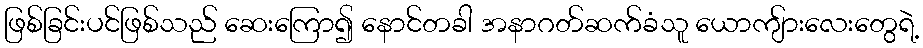
ဖြစ်ခြင်းပင်ဖြစ်သည် ဆေးကြော၍ နောင်တခါ အနာဂတ်ဆက်ခံသူ ယောကျ်ားလေးတွေရဲ့